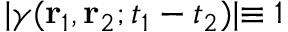
\lvert \gamma ( { \bf { r } } _ { 1 } , { \bf { r } } _ { 2 } ; t _ { 1 } - t _ { 2 } ) \lvert \equiv 1